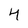
Character: 4